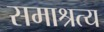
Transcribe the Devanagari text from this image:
समाश्रत्य